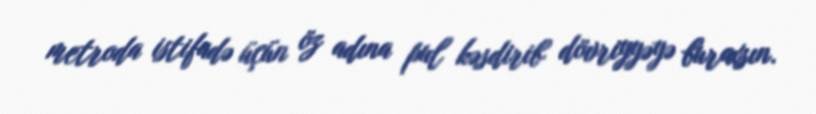
metroda istifadə üçün öz adına pul kəsdirib dövriyyəyə buraxsın.